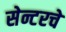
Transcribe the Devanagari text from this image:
सेन्टरचे